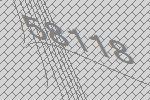
58118